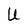
Character: U